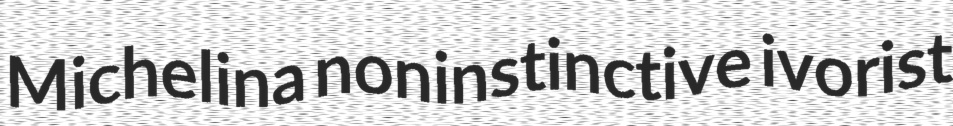
Michelina noninstinctive ivorist